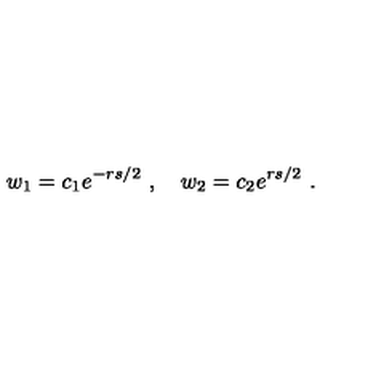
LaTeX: w _ { 1 } = c _ { 1 } e ^ { - r s / 2 } \ , \quad w _ { 2 } = c _ { 2 } e ^ { r s / 2 } \ .